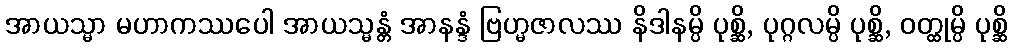
အာယသ္မာ မဟာကဿပေါ အာယသ္မန္တံ အာနန္ဒံ ဗြဟ္မဇာလဿ နိဒါနမ္ပိ ပုစ္ဆိ, ပုဂ္ဂလမ္ပိ ပုစ္ဆိ, ဝတ္ထုမ္ပိ ပုစ္ဆိ